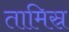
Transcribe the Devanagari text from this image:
तामिस्र